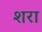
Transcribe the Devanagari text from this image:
शरा